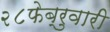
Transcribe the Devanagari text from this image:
२८फेब्रुवारी